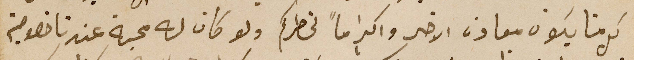
كل منا يكون معاون الاخر واكراماً لخاطركم ولو كان له محبة عندنا خصوصية